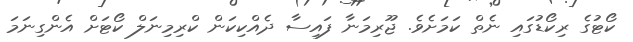
ކޯޓުގެ ރިކޯޑުގައި ނެތް ކަމަށެވެ. ޖޫރިމަނާ ފައިސާ ދެއްކިކަން ކްރިމިނަލް ކޯޓަށް އެންގިނަމަ